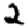
Digit: 2